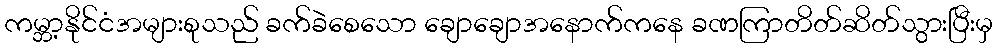
ကမ္ဘာ့နိုင်ငံအများစုသည် ခက်ခဲစေသော ချောချောအနောက်ကနေ ခဏကြာတိတ်ဆိတ်သွားပြီးမှ